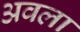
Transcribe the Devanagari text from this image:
अवला